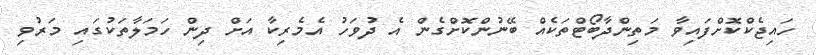
ހައިޖެކްކޮށްފައިވާ މަތިންދާބޯޓްތަކެއް ބޭނުންކޮށްގެން އެ ދުވަހު އެމެރިކާ އަށް ދިން ހަމަލާތަކުގައި މަރުވި